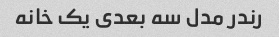
رندر مدل سه بعدی یک خانه